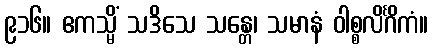
၉၁၆။ ဧကသ္မိံ သဒိသေ သန္တေ၊ သမာနံ ဝါစ္စလိင်္ဂိကံ။